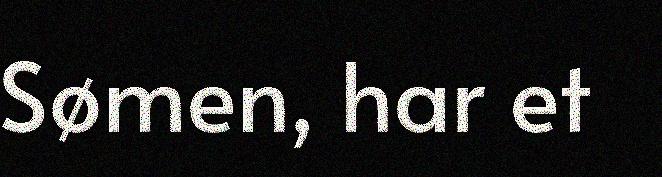
Sømen, har et